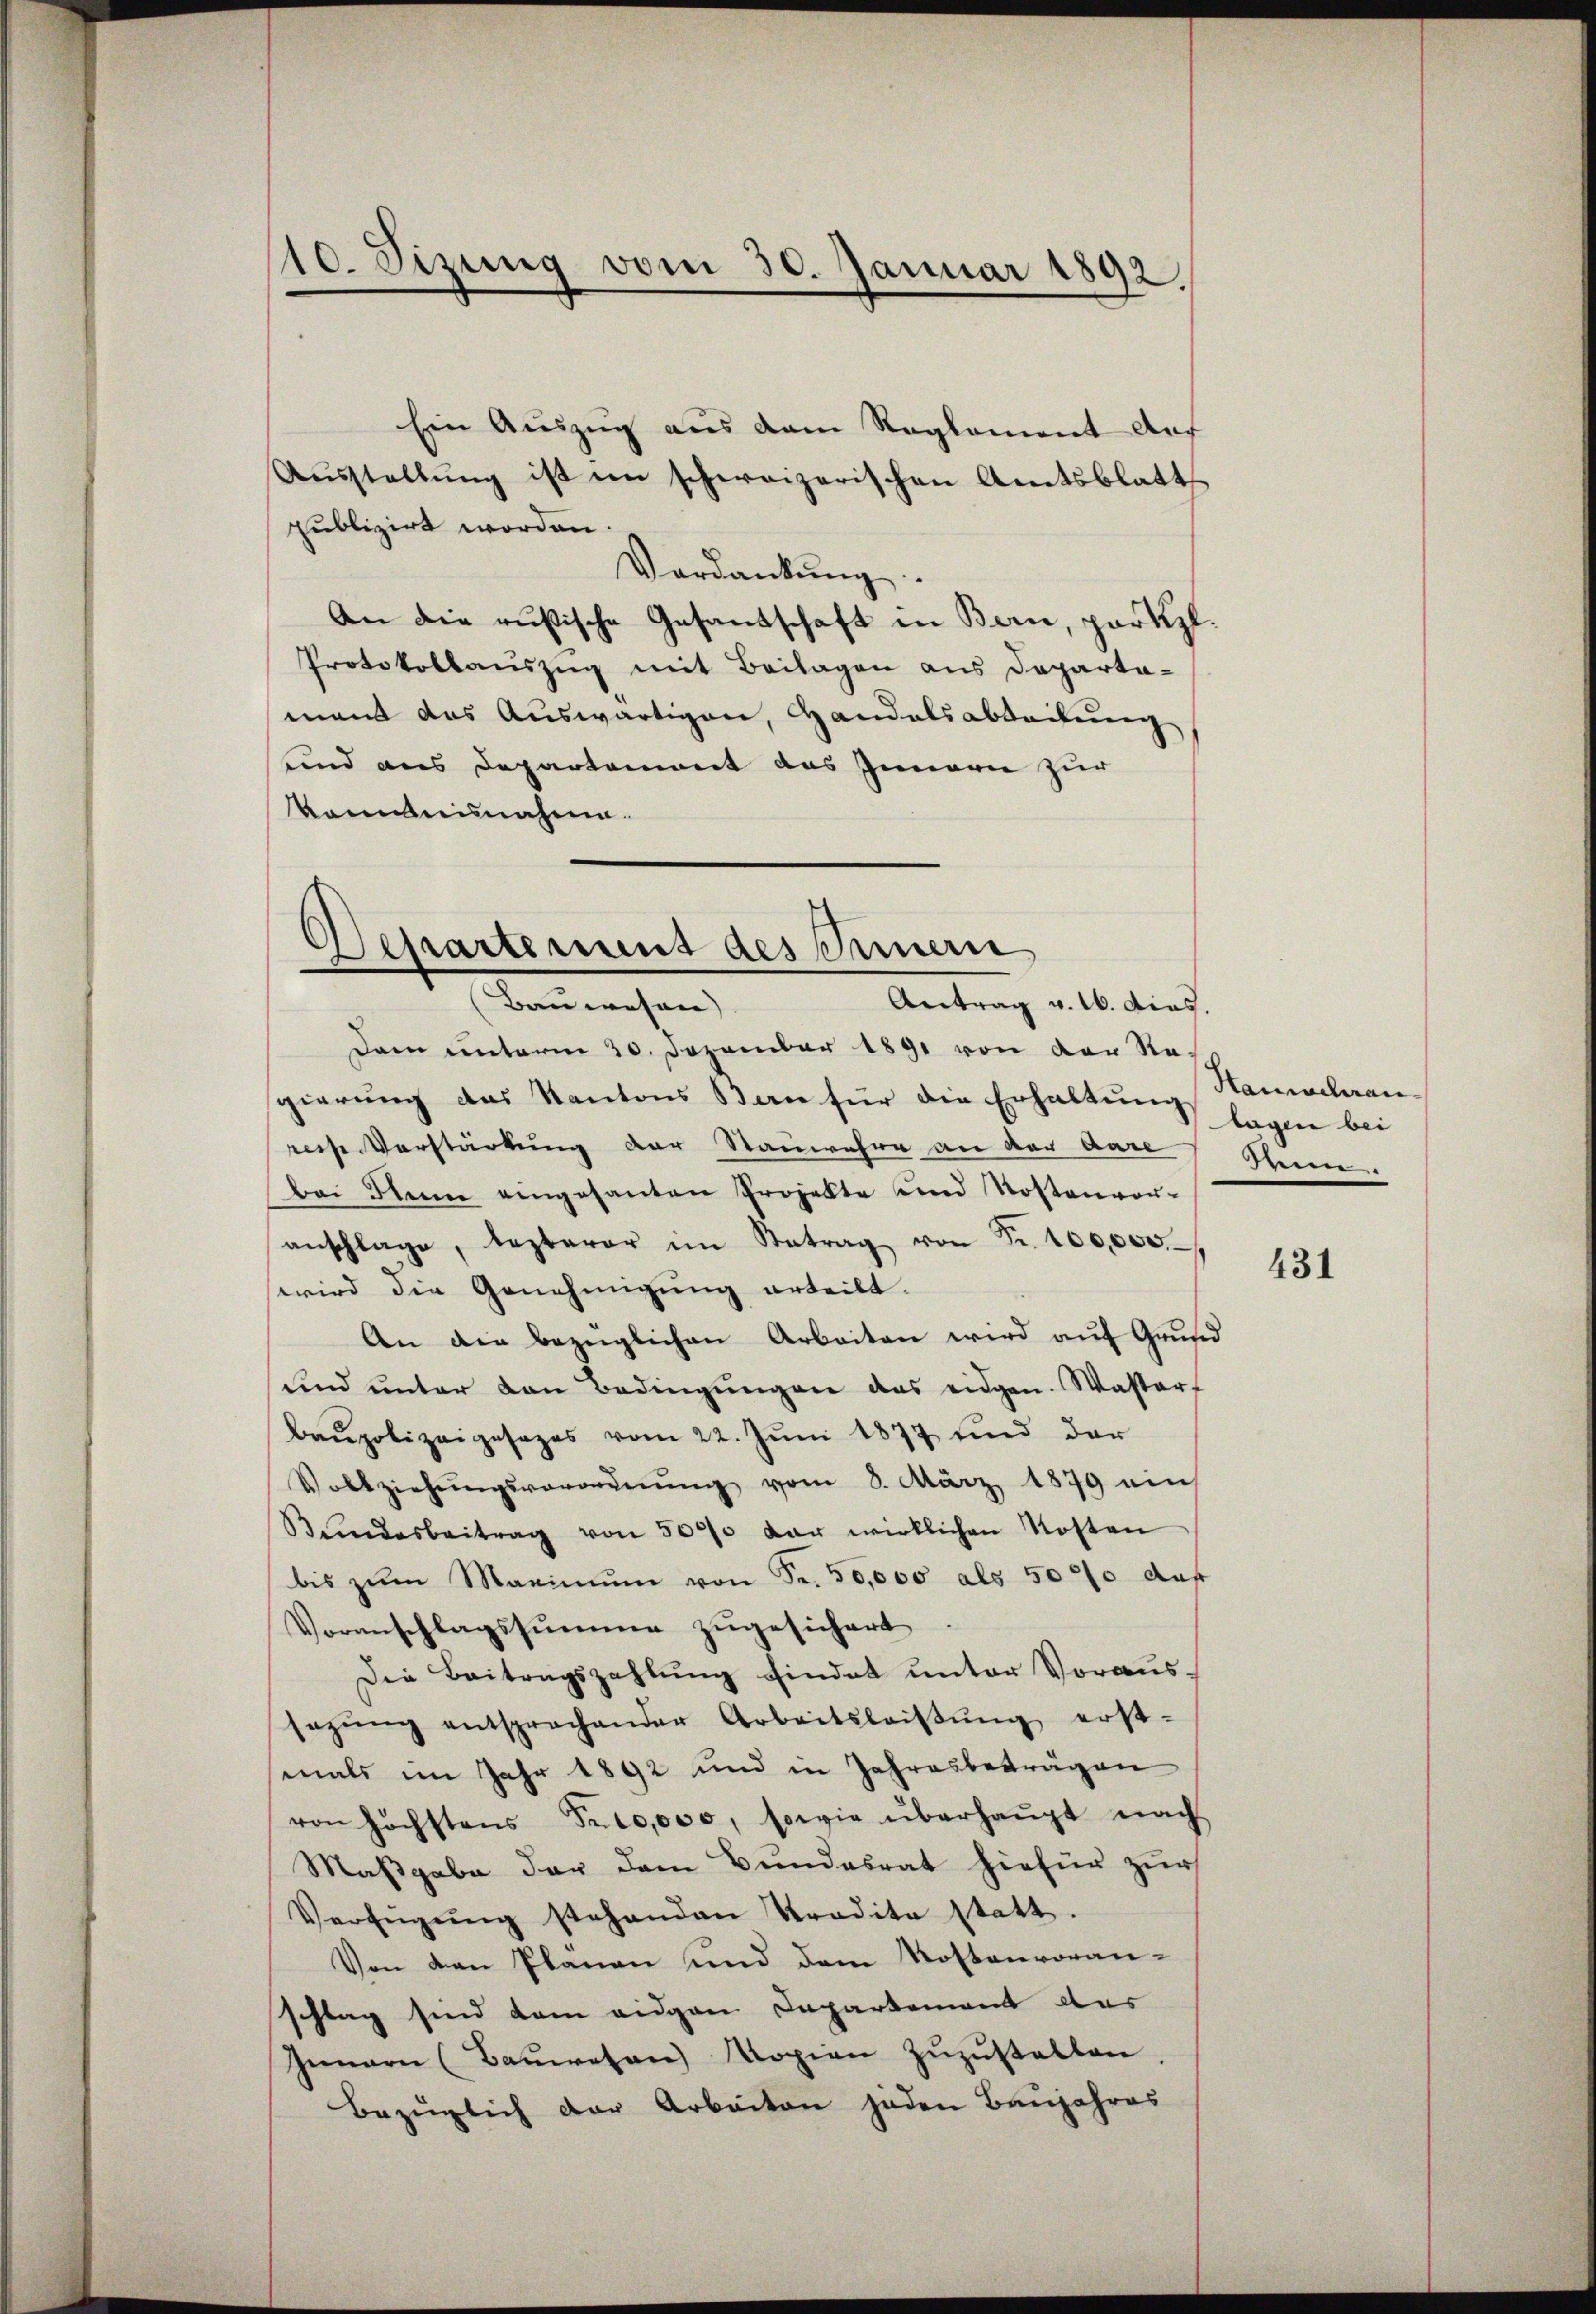
10. Sizung vom 30. Januar 1892.

Ein Auszug aus dem Reglement Aus
Aŭsstellŭng ist im schweizerischen Amtsblatt
publizirt worden.
Verdankung.
An die russische Gesandschaft in Bern, partzl.
Protokollauszug mit Beilagen aus Departa-
mant das Auswärtigen, Handelsabbackung
und aus Departement das Innern zur
kanntnisnahme.

Departement des Innern
Bauwesen)
Antrag v. 16. dies.

Dann unterm 20. Dezember 1891 von der Na-
gierŭng das Kantons Bern für die Erhaltŭng sagen bei
resse Verstärkung der Stauwehre an der dase
bei den eingesanten Projekte und Kostenvor-
anschlage, lezterer im Betrag von Fr. 100,000
wird die Genehmigung erteilt.
An die bezüglichen Arbeiten wird auf Grund
ŭnd ŭnter den Bedingŭngen das eidgen. Waster-
baŭpolizeigesages vom 22. Jŭni 1877 und der
Vollziehŭngsverordnŭng vom 8. März 1879 eins
Bŭndesbeitrag von 5000 der wirklichen Kosten
bis zŭm Maximŭm von Fr. 50,000 als 5000 auf
Voranschlagssumme zugesichert
Die Beitragszahlung findet unter Voraus-
sezŭng entsprochender Arbeitsleistŭng erst-
mals im Jahr 1892 und in Jahresbeträgen
von höchstens Fr. 10,000, sowie überhaŭpt nach
Maßgabe der dem Bundesrat hiefür zur
Verfügŭng stehenden Tradita statt.
Von den Planau und dem Kostenvoran-
schlag sind dem eidgen Departement des
Jean (Bauwesen Kopien zuzustalten
Bezüglich der Arbeiten jeden Baŭjahres

Haunscheraneen.

431